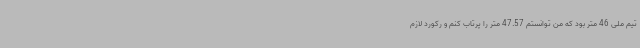
تیم ملی 46 متر بود که من توانستم 47.57 متر را پرتاب کنم و رکورد لازم